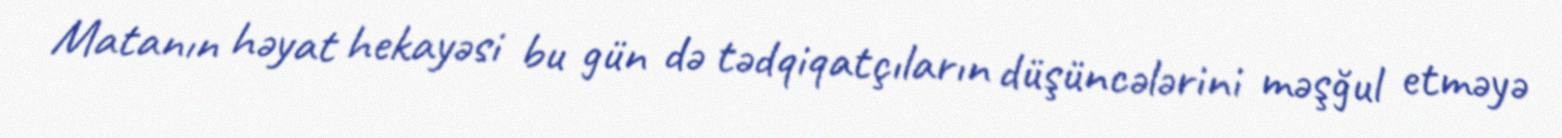
Matanın həyat hekayəsi bu gün də tədqiqatçıların düşüncələrini məşğul etməyə